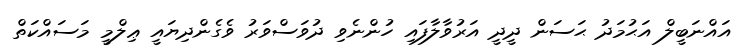
އައްނަބީލް އަޙުމަދު ޙަސަން ދީދީ އަރުވާލާފައި ހުންނެވި ދުވަސްވަރު ވެގެންދިޔައީ ޢިލްމީ މަސައްކަތް